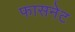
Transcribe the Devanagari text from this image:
फासनेट